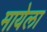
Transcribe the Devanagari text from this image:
मायेला